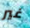
غير